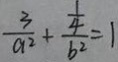
\frac { 3 } { a ^ { 2 } } + \frac { \frac { 1 } { 4 } } { b ^ { 2 } } = 1